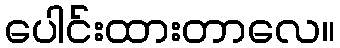
ပေါင်းထားတာလေ။